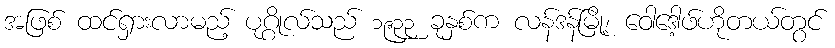
အဖြစ် ထင်ရှားလာမည့် ပုဂ္ဂိုလ်သည် ၁၉၃၃ ခုနှစ်က လန်ဒန်မြို့၊ ဝေါဒေါ့ဖ်ဟိုတယ်တွင်